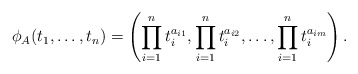
\begin{align*}\phi_A(t_1,\hdots,t_n) = \left(\prod_{i=1}^n t_i^{a_{i1}}, \prod_{i=1}^n t_i^{a_{i2}},\hdots, \prod_{i=1}^n t_i^{a_{im}}\right).\end{align*}